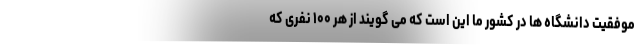
موفقیت دانشگاه ها در کشور ما این است که می گویند از هر ۱۰۰ نفری که